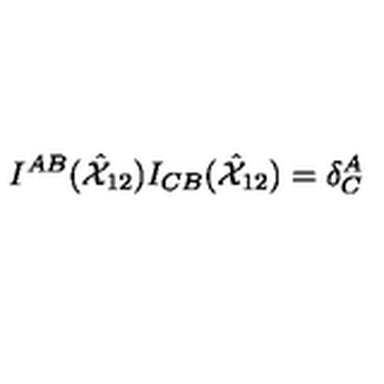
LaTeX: I ^ { A B } ( \hat { { \cal X } } _ { 1 2 } ) I _ { C B } ( \hat { { \cal X } } _ { 1 2 } ) = \delta _ { C } ^ { A }